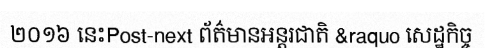
២០១៦ នេះPost-next ព័ត៌មានអន្តរជាតិ &raquo សេដ្ឋកិច្ច